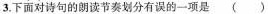
3.下面对诗句的朗读节奏划分有误的一项是（ ）